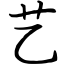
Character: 艺